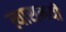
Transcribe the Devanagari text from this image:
त्यासमयी